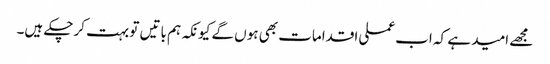
مجھے امید ہے کہ اب عملی اقدامات بھی ہوں گے کیونکہ ہم باتیں تو بہت کرچکے ہیں۔